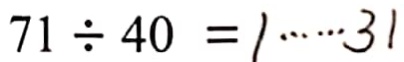
7 1 \div 4 0 = 1 \cdots 3 1